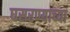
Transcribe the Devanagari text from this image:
घसरण्याच्या